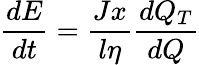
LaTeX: \frac{dE}{dt}=\frac{Jx}{l\eta}\frac{dQ_{T}}{dQ}